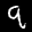
Label: 9